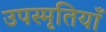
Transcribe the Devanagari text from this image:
उपस्मृतियाँ